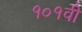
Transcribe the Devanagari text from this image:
१०१वी